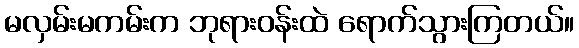
မလှမ်းမကမ်းက ဘုရားဝန်းထဲ ရောက်သွားကြတယ်။